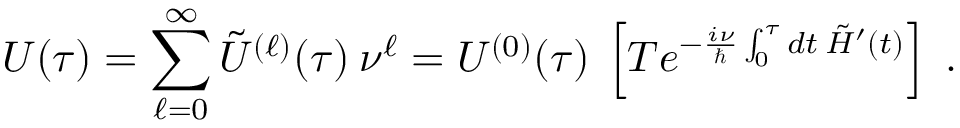
U ( \tau ) = \sum _ { \ell = 0 } ^ { \infty } \tilde { U } ^ { ( \ell ) } ( \tau ) \: \nu ^ { \ell } = U ^ { ( 0 ) } ( \tau ) \: \left[ { \cal T } e ^ { - \frac { i \nu } { \hbar } \int _ { 0 } ^ { \tau } d t \: \tilde { H } ^ { \prime } ( t ) } \right] \; .